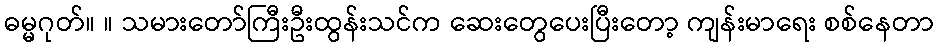
ဓမ္မဂုတ်။ ။ သမားတော်ကြီးဦးထွန်းသင်က ဆေးတွေပေးပြီးတော့ ကျန်းမာရေး စစ်နေတာ